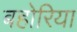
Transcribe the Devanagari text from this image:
बहोरिया